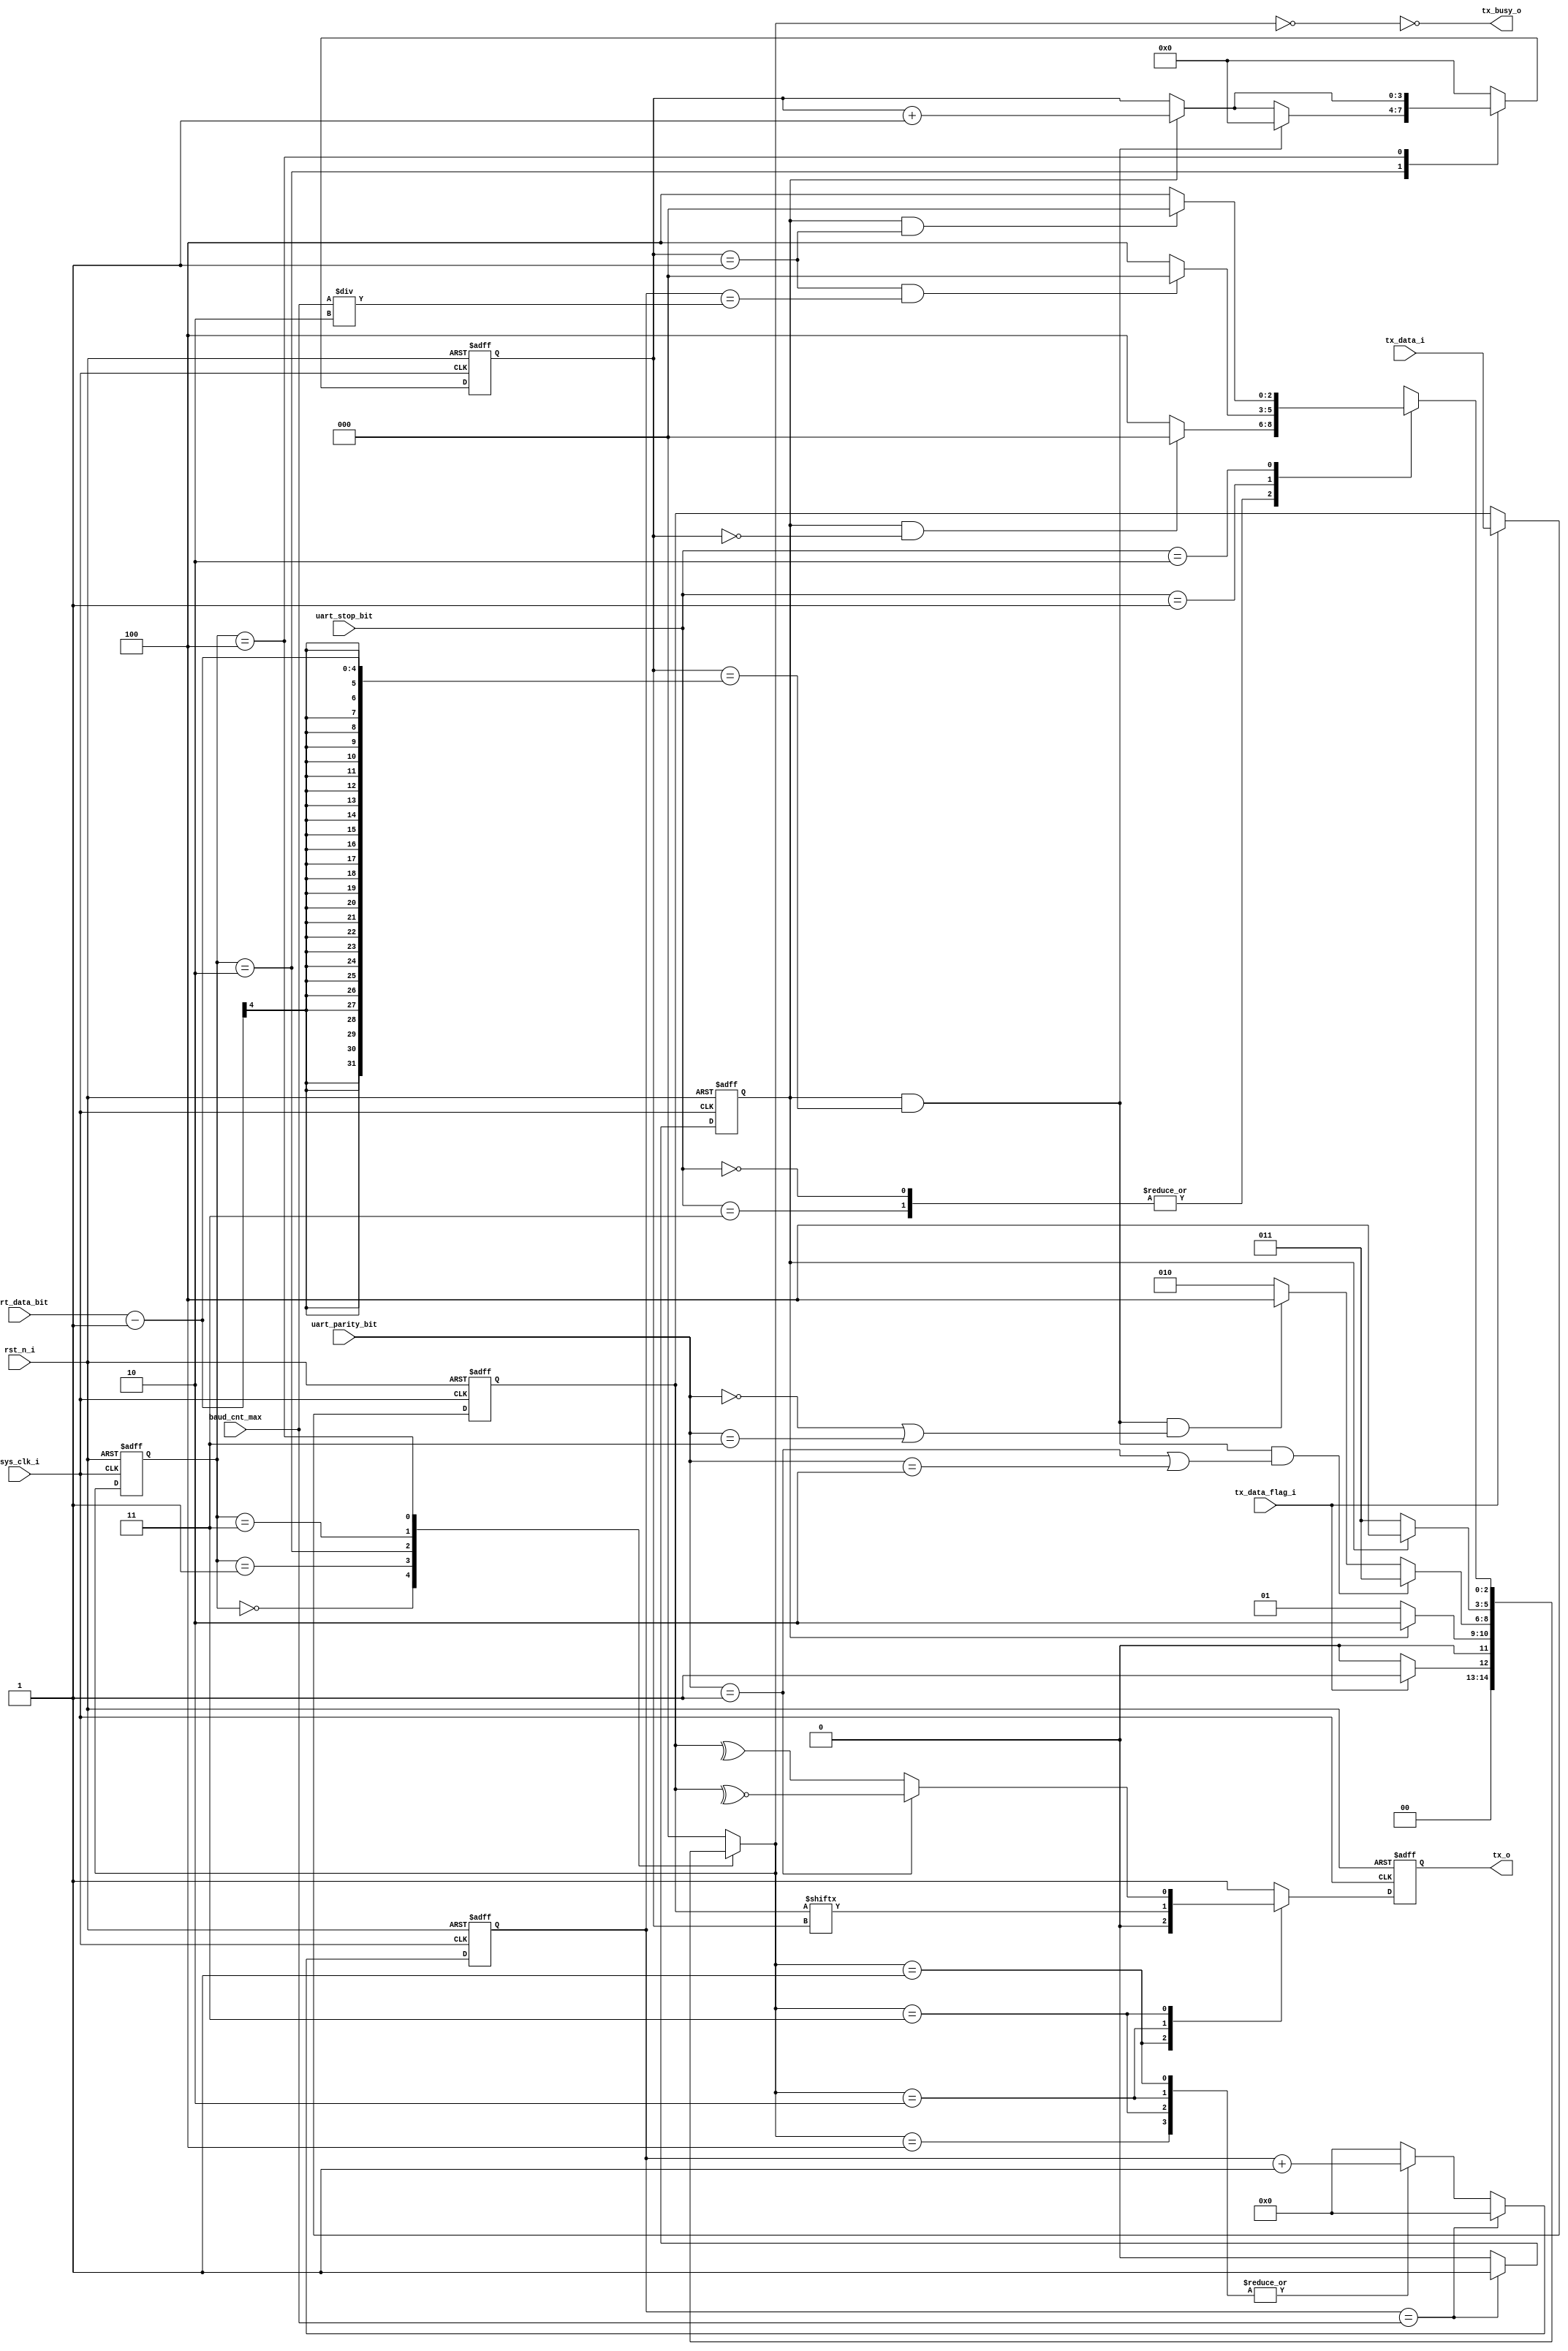
module uart_tx_logic_o (
    input                               sys_clk_i                  ,//,50m
    input                               rst_n_i                    ,//

    input              [   3:0]         uart_data_bit              ,//5,6,7,85,6,7,8
    input              [  15:0]         baud_cnt_max               ,//
    input              [   1:0]         uart_parity_bit            ,//0123
    input              [   1:0]         uart_stop_bit              ,//012311.521

    input              [   7:0]         tx_data_i                  ,//8bit
    input                               tx_data_flag_i             ,//
    output                              tx_busy_o                  ,//
    output reg                          tx_o                        //txbit
);
// ********************************************************************************** // 
//---------------------------------------------------------------------
// regs
//---------------------------------------------------------------------
reg                    [   3:0]         bit_cnt                    ;
reg                                     bit_flag                   ;
reg                    [  15:0]         baud_cnt                   ;
reg                    [   7:0]         tx_data_r                  ;
reg                    [   2:0]         next_state                 ;
reg                    [   2:0]         cur_state                  ;
// ********************************************************************************** // 
//---------------------------------------------------------------------
// localparam
//---------------------------------------------------------------------
localparam                              IDLE = 'd0                 ;
localparam                              START = 'd1                ;
localparam                              DATA = 'd2                 ;
localparam                              PARITY = 'd3               ;
localparam                              STOP = 'd4                 ;
// ********************************************************************************** // 
//---------------------------------------------------------------------
// assign
//---------------------------------------------------------------------
assign tx_busy_o = ~(next_state == IDLE);
// ********************************************************************************** // 
//---------------------------------------------------------------------
// logic
//---------------------------------------------------------------------
//baud_cnt
always@(posedge sys_clk_i or negedge rst_n_i)begin
    if(!rst_n_i)
        baud_cnt<=0;
    else if(baud_cnt==baud_cnt_max)
        baud_cnt<=0;
    else case (next_state)
        START,DATA,PARITY,STOP: baud_cnt<=baud_cnt+'d1;
        default: baud_cnt<='d0;
    endcase
end
//bit_flag
always@(posedge sys_clk_i or negedge rst_n_i)begin
    if(!rst_n_i)
        bit_flag<=0;
    else if(baud_cnt==baud_cnt_max)
        bit_flag<=1;
    else
        bit_flag<=0;
end
//bit
always@(posedge sys_clk_i or negedge rst_n_i)begin
    if(!rst_n_i)
        bit_cnt<=0;
    else case (cur_state)
        DATA:
            if (bit_cnt == uart_data_bit-1 && bit_flag) begin
                bit_cnt<='d0;
            end
            else if (bit_flag) begin
                bit_cnt<=bit_cnt+'d1;
            end
            else
                bit_cnt<=bit_cnt;
        STOP:
            if (bit_flag) begin
                bit_cnt<=bit_cnt+'d1;
            end
            else
                bit_cnt<=bit_cnt;
        default: bit_cnt<='d0;
    endcase
end
//,,
always@(posedge sys_clk_i or negedge rst_n_i)begin
    if(!rst_n_i)
        cur_state<=IDLE;
    else
        cur_state<=next_state;
end
//,,
always@(*)begin
    case(cur_state)
        IDLE   :
            if (tx_data_flag_i) begin
                next_state<=START;
            end
            else
                next_state<=IDLE;
        START  :
            if (bit_flag) begin
                next_state<=DATA;
            end
            else
                next_state<=START;
        DATA   :
            if (bit_flag && bit_cnt == uart_data_bit-1 && (uart_parity_bit == 1 || uart_parity_bit == 2)) begin
                next_state<=PARITY;
            end
            else if (bit_flag && bit_cnt == uart_data_bit-1 && (uart_parity_bit == 0 || uart_parity_bit == 3)) begin
                next_state<=STOP;
            end
            else
                next_state<=DATA;
        PARITY :
            if (bit_flag) begin
                next_state<=STOP;
            end
            else
                next_state<=PARITY;
        STOP   :
            case (uart_stop_bit)
                0,3:
                    if (bit_flag && bit_cnt == 0) begin
                        next_state<=IDLE;
                    end
                    else
                        next_state<=STOP;
                1:
                    if (bit_cnt == 'd1 && baud_cnt == baud_cnt_max/2) begin
                        next_state<=IDLE;
                    end
                    else
                        next_state<=STOP;
                2:
                    if (bit_flag && bit_cnt == 1) begin
                        next_state<=IDLE;
                    end
                    else
                        next_state<=STOP;
                default:next_state<=IDLE;
            endcase
        default:next_state<=IDLE;
    endcase
end
//
always@(posedge sys_clk_i or negedge rst_n_i)begin
    if(!rst_n_i)
        tx_data_r<='d0;
    else if (tx_data_flag_i) begin
        tx_data_r<=tx_data_i;
    end
end
always@(posedge sys_clk_i or negedge rst_n_i)begin
    if(!rst_n_i)
        tx_o<=1;
    else case (next_state)
        START: tx_o<='d0;
        DATA: tx_o<=tx_data_r[bit_cnt];                             //MSB
        PARITY:
            if (uart_parity_bit == 1) begin
                tx_o<= ~^tx_data_r;                                 //
            end
            else
                tx_o<= ^tx_data_r;                                  //
        STOP: tx_o<='d1;
        default: tx_o<='d1;
    endcase
end
// ********************************************************************************** // 
//---------------------------------------------------------------------
// debug
//---------------------------------------------------------------------
// ila_uart_tx_debug ila_uart_tx_debug_inst (
//     .clk                               (sys_clk_i                 ),// input wire clk


//     .probe0                            (baud_cnt_max              ),// input wire [15:0]  probe0   
//     .probe1                            (uart_parity_bit           ),// input wire [1:0]  probe1    
//     .probe2                            (uart_stop_bit             ),// input wire [1:0]  probe2    
//     .probe3                            (tx_data_flag_i            ),// input wire [0:0]  probe3    
//     .probe4                            (tx_data_i                 ),// input wire [7:0]  probe4    
//     .probe5                            (bit_flag                  ),// input wire [0:0]  probe5    
//     .probe6                            (bit_cnt                   ),// input wire [3:0]  probe6    
//     .probe7                            (next_state                ),// input wire [2:0]  probe7 
//     .probe8                            (tx_o                      ) // input wire [0:0]  probe8
// );
endmodule